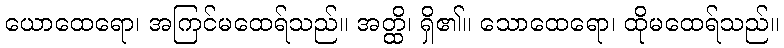
ယောထေရော၊ အကြင်မထေရ်သည်။ အတ္ထိ၊ ရှိ၏။ သောထေရော၊ ထိုမထေရ်သည်။